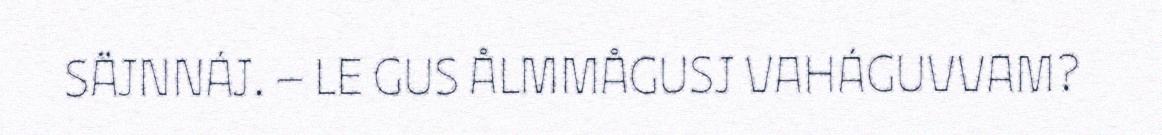
SÄJNNÁJ. – LE GUS ÅLMMÅGUSJ VAHÁGUVVAM?